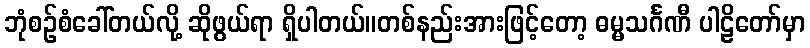
ဘုံစဉ်စံခေါ်တယ်လို့ ဆိုဖွယ်ရာ ရှိပါတယ်။တစ်နည်းအားဖြင့်တော့ ဓမ္မသင်္ဂဏီ ပါဠိတော်မှာ